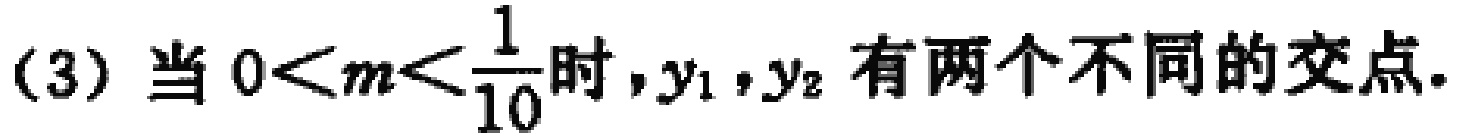
(3) 当 \(0<m<\frac{1}{10}\) 时，\(y_1,y_2\) 有两个不同的交点.